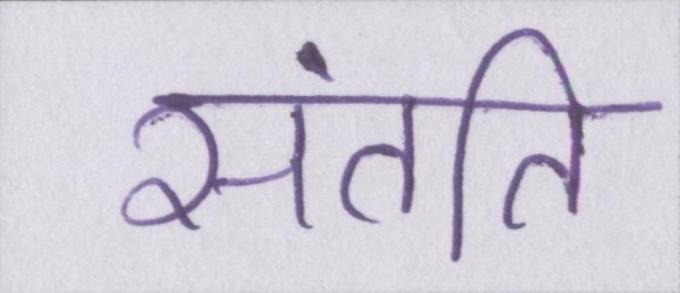
संतति